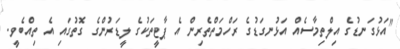
"އަޅުގަނޑުގެ އިލްތިމާސެއް އަޅުނގަޑުގެ ރަހްމަތްތެރިން އެ ޕާޓީތަކުގެ ލީޑަރުންގެ ގޮތުގައި އެ ތިއްބެވީ.